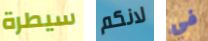
سيطرة لانكم في